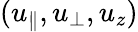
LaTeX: (u_{\parallel},u_{\perp},u_{z})